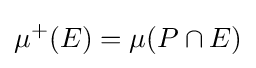
\mu ^{+}(E)=\mu (P\cap E)